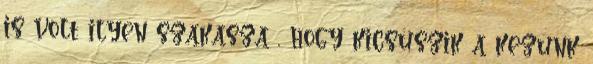
is volt ilyen szakasza , hogy kicsúszik a kezünk